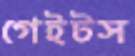
গেইটস